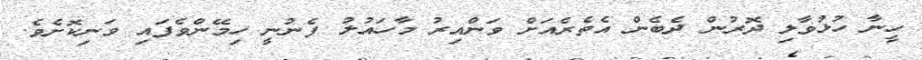
ހީނާ ހުޅުވާލި ދޮރުން ދެބެން އެތެރެއަށް ވަންއިރު މާހައުލު ފެނުނީ ހިމޭންވެފައި ވަނިކޮށެވެ.